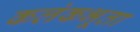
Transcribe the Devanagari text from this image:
कलंकभूता